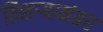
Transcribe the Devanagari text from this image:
तिसऱ्यानंतर